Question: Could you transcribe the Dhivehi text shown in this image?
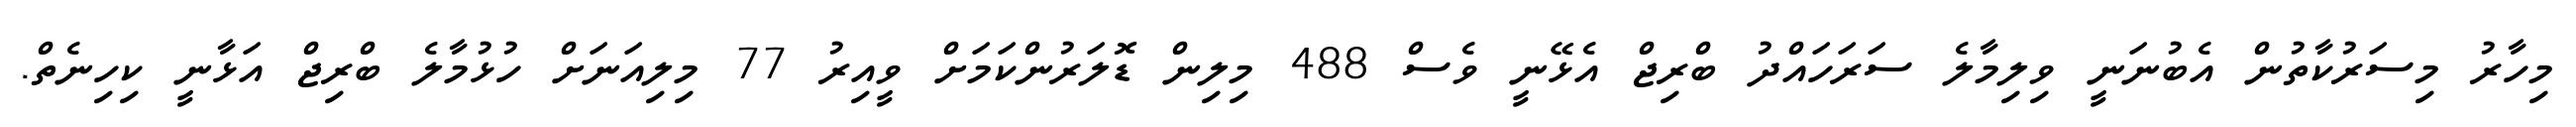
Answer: މިހާރު މިސަރުކާތުން އެބުނަނީ ވިލިމާލެ ސަރަހައްދު ބްރިޖް އެޅޭނީ ވެސް 488 މިލިން ޑޮލަރުންކަމަށް ވީއިރު 77 މިލިއަނަށް ހުޅުމާލެ ބްރިޖް އަޅާނީ ކިހިނެތް.